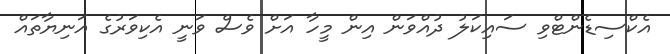
އެކްސިޑެންޓްވި ސައިކަލު ދުއްވަން އިން މީހާ އަށް ވެސް ވަނީ އެކިވަރުގެ އަނިޔާތައް